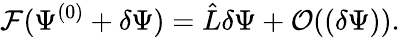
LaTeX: {\cal F}(\Psi^{(0)}+\delta\Psi)=\hat{L}\delta\Psi+{\cal O}((\delta\Psi)).